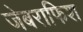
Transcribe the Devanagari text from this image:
जेबराफिश